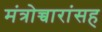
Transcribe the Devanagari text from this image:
मंत्रोच्चारांसह